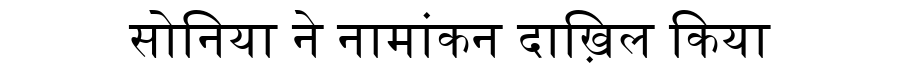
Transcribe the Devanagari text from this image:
सोनिया ने नामांकन दाख़िल किया